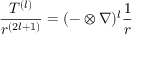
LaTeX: { \frac { \boldsymbol { T ^ { ( l ) } } } { r ^ { ( 2 l + 1 ) } } } = ( - \otimes { \boldsymbol { \nabla } } ) ^ { l } { \frac { 1 } { r } }